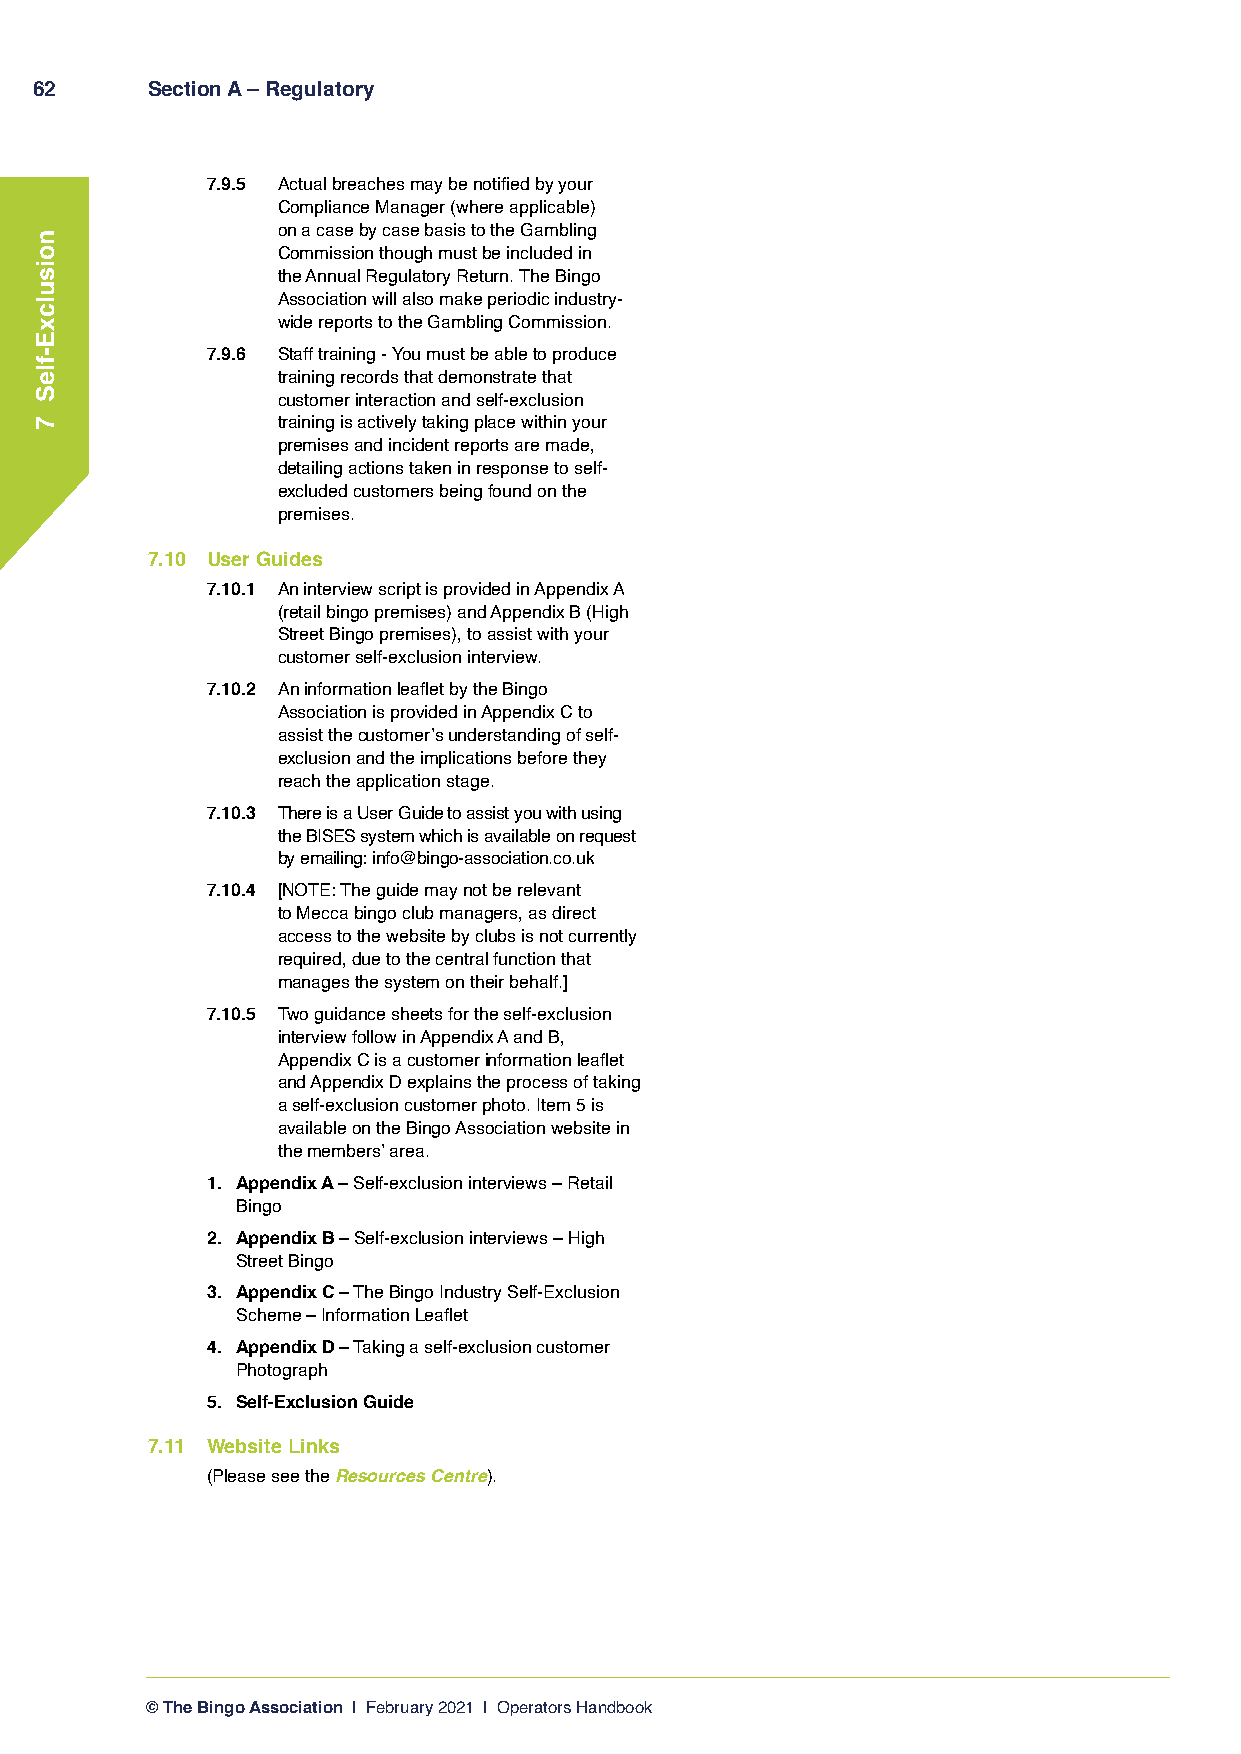
62      Section A – Regulatory
 7.9.5 Actual breaches may be notified by your
 Compliance Manager (where applicable)
 on a case by case basis to the Gambling
 Commission though must be included in
 the Annual Regulatory Return. The Bingo
 Association will also make periodic industry-
 wide reports to the Gambling Commission.
 7.9.6 Staff training - You must be able to produce
 training records that demonstrate that
 customer interaction and self-exclusion
 training is actively taking place within your
 premises and incident reports are made,
 detailing actions taken in response to self-
 excluded customers being found on the
 premises.
 7.10 User Guides
 7.10.1 An interview script is provided in Appendix A
 (retail bingo premises) and Appendix B (High
 Street Bingo premises), to assist with your
 customer self-exclusion interview.
 7.10.2 An information leaflet by the Bingo
 Association is provided in Appendix C to
 assist the customer’s understanding of self-
 exclusion and the implications before they
 reach the application stage.
 7.10.3 There is a User Guide to assist you with using
 the BISES system which is available on request
 by emailing: info@bingo-association.co.uk
 7.10.4 [NOTE: The guide may not be relevant
 to Mecca bingo club managers, as direct
 access to the website by clubs is not currently
 required, due to the central function that
 manages the system on their behalf.]
 7.10.5 Two guidance sheets for the self-exclusion
 interview follow in Appendix A and B,
 Appendix C is a customer information leaflet
 and Appendix D explains the process of taking
 a self-exclusion customer photo. Item 5 is
 available on the Bingo Association website in
 the members’ area.
 1. Appendix A – Self-exclusion interviews – Retail
 Bingo
 2. Appendix B – Self-exclusion interviews – High
 Street Bingo
 3. Appendix C – The Bingo Industry Self-Exclusion
 Scheme – Information Leaflet
 4. Appendix D – Taking a self-exclusion customer
 Photograph
 5. Self-Exclusion Guide
 7.11 Website Links
 (Please see the Resources Centre).
 © The Bingo Association | February 2021 | Operators Handbook
 noisulcxE-fleS
 7